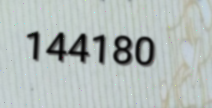
144180